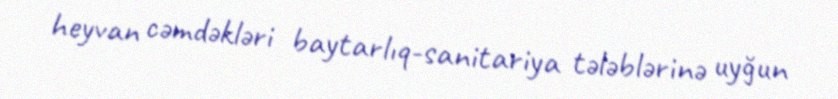
heyvan cəmdəkləri baytarlıq-sanitariya tələblərinə uyğun